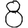
Digit: 8